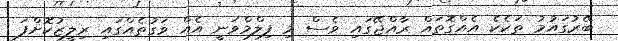
ބޭރުގައުމު ތަކެކެ އެއްގޮތައް ރާއްޖޭގައި ވެސް މި ފިލްމްވަނީ އެއް ވަގުތެއްގައި ރިލީޒުކޮށްފަ